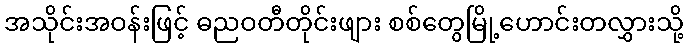
အသိုင်းအဝန်းဖြင့် ဓညဝတီတိုင်းဖျား စစ်တွေမြို့ဟောင်းတလွှားသို့